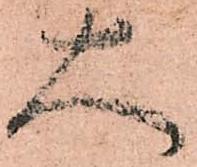
大